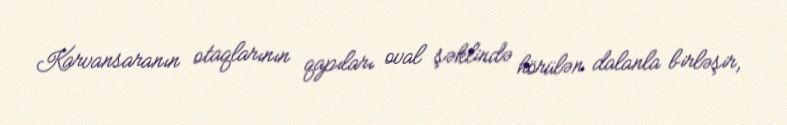
Karvansaranın otaqlarının qapıları oval şəklində hörülən dalanla birləşir,